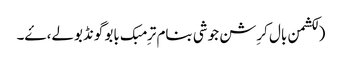
(لکشمن بال کرِشن جوشی بنام ترِمبک بابو گونڈبولے، ۓ۔